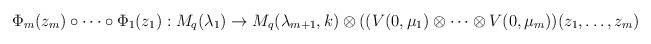
LaTeX: \begin{align*}\Phi_{m}(z_{m})\circ\cdots\circ\Phi_{1}(z_{1}):M_{q}(\lambda_{1})\rightarrow M_{q}(\lambda_{m+1},k)\otimes ((V(0,\mu_{1})\otimes\cdots\otimes V(0,\mu_{m}))(z_{1},\ldots ,z_{m})\end{align*}